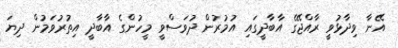
އޭނާ ވިދާޅުވީ ރާއްޖޭގެ އާބާދީގައި އުމުރުން ދުވަސްވީ މީހުންގެ އާބާދީ އިތުރުވަމުން ދިޔަ